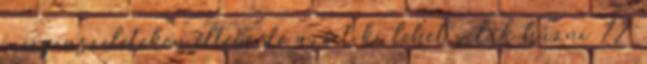
energiaszeleteken éltem de azért ki lehet velük húzni 72